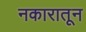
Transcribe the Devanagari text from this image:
नकारातून